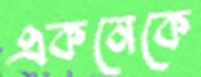
একনেকে